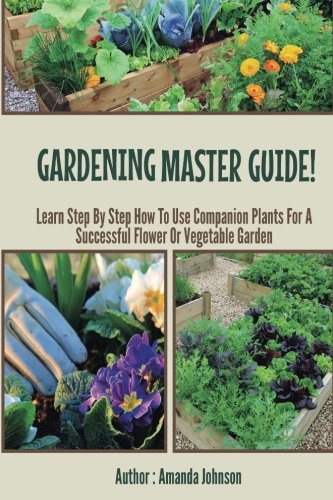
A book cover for Gardening : Master Guide - Learn step by step how to use companion plants for a successful flower Or Vegetable Garden (Gardening,companions ... guide by Amanda Johnson B) (Volume 3); Amanda Johnson; Crafts, Hobbies & Home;